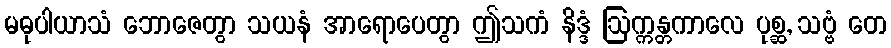
မဓုပါယာသံ ဘောဇေတွာ သယနံ အာရောပေတွာ ဤသကံ နိဒ္ဒံ ဩက္ကန္တကာလေ ပုစ္ဆ, သဗ္ဗံ တေ